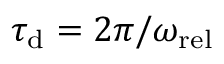
\tau _ { \mathrm { d } } = 2 \pi / \omega _ { \mathrm { r e l } }